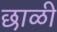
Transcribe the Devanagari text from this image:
छाळी